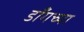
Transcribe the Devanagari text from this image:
डाँगच्या